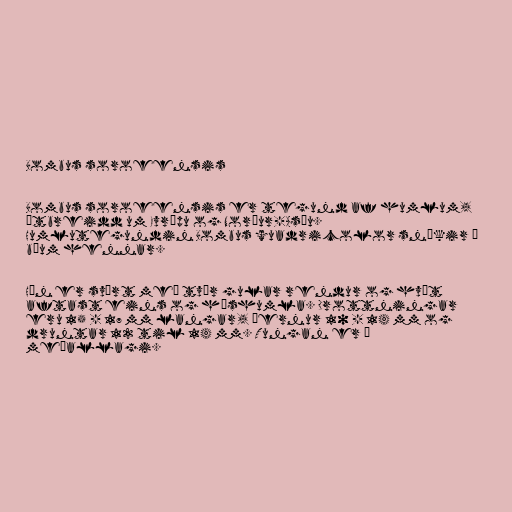
Bombus soroeensis

Bombus soroeensis er tegund af humlum,
útbreidd um Evrópu og Norður-Asíu.
Humlutegundin Bombus quadricolor sníkir á
búum hennar.

Hún er svört með tvær gular rendur og hvít
aftast eins og húshumla. Drottningar
eru 15 - 17 mm langar, þernur 10 - 14 mm og
druntar 12 til 14 mm. Tungan er í
meðallagi.